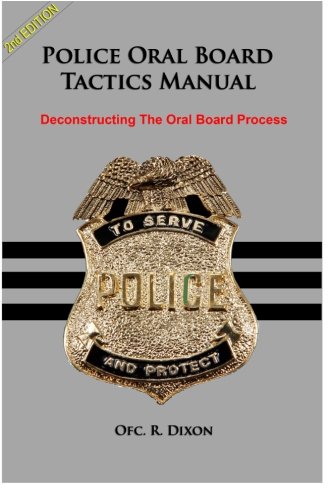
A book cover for Police Oral Board Tactics Manual: Deconstructing The Oral Board Process; R Dixon; Law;